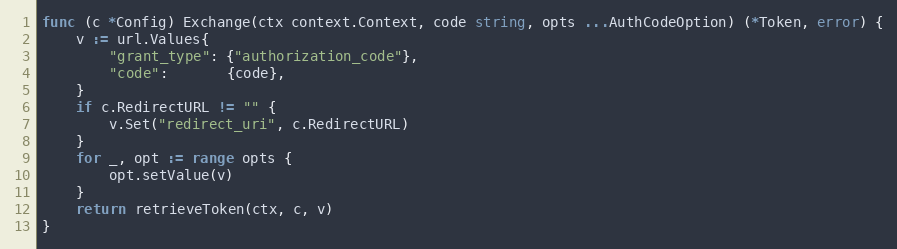
Language: Go
func (c *Config) Exchange(ctx context.Context, code string, opts ...AuthCodeOption) (*Token, error) {
	v := url.Values{
		"grant_type": {"authorization_code"},
		"code":       {code},
	}
	if c.RedirectURL != "" {
		v.Set("redirect_uri", c.RedirectURL)
	}
	for _, opt := range opts {
		opt.setValue(v)
	}
	return retrieveToken(ctx, c, v)
}